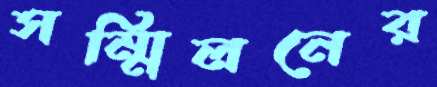
সম্মিলনের